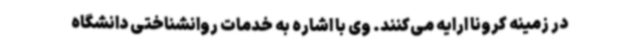
در زمینه کرونا ارایه می‌کنند. وی با اشاره به خدمات روانشناختی دانشگاه